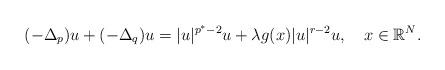
LaTeX: \begin{align*}(-\Delta_{p}) u + (-\Delta_{q}) u= \vert u \vert^{p^* -2}u + \lambda g(x) \vert u\vert^{r-2}u, \ \ \ x \in \mathbb{R}^N. \end{align*}